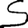
Digit: 5